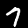
Digit: 7